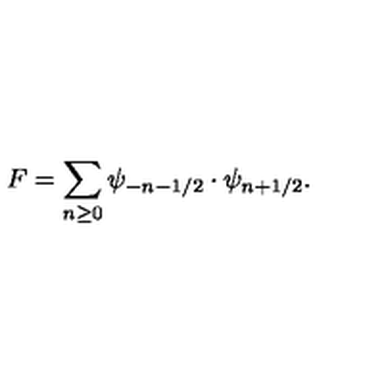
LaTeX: F = \sum _ { n \geq 0 } \psi _ { - n - 1 / 2 } \cdot \psi _ { n + 1 / 2 } .